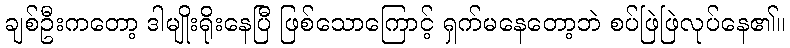
ချစ်ဦးကတော့ ဒါမျိုးရိုးနေပြီ ဖြစ်သောကြောင့် ရှက်မနေတော့ဘဲ စပ်ဖြဲဖြဲလုပ်နေ၏။